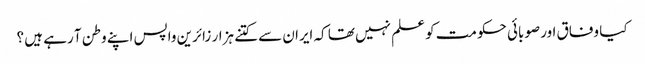
کیا وفاق اور صوبائی حکومت کو علم نہیں تھا کہ ایران سے کتنے ہزار زائرین واپس اپنے وطن آ رہے ہیں ؟